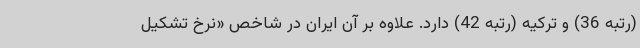
(رتبه 36) و ترکیه (رتبه 42) دارد. علاوه بر آن ایران در شاخص «نرخ تشکیل